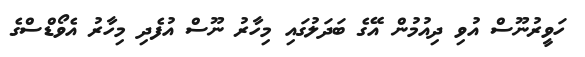
ހަވީރުނޫސް އުވި ދިއުމުން އޭގެ ބަދަލުގައި މިހާރު ނޫސް އުފެދި މިހާރު އެވޯޑްސްގެ